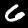
Digit: 6